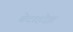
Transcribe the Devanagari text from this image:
बेदाहोझ